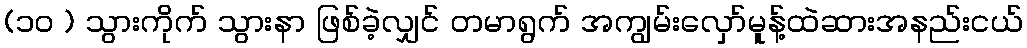
(၁၀ ) သွားကိုက် သွားနာ ဖြစ်ခဲ့လျှင် တမာရွက် အကျွမ်းလှော်မူန့်ထဲဆားအနည်းငယ်